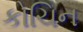
કોચિન